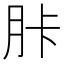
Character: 胩